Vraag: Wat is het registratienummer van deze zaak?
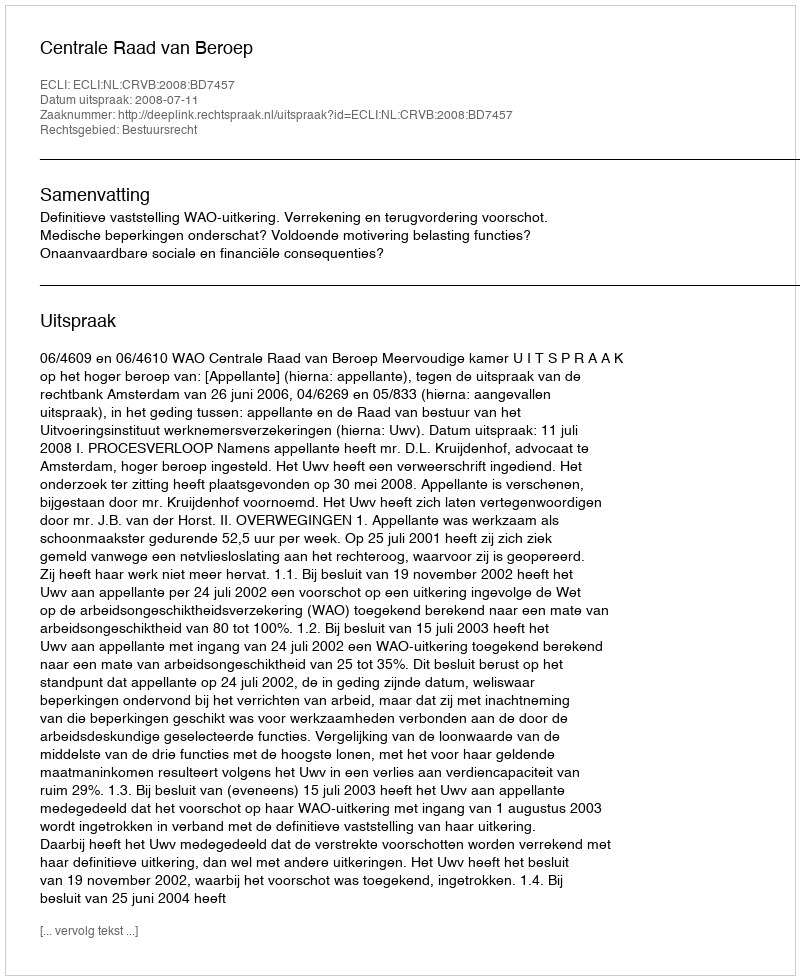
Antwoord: http://deeplink.rechtspraak.nl/uitspraak?id=ECLI:NL:CRVB:2008:BD7457